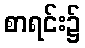
စာရင်း၌